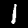
Label: 1